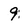
Character: 9